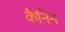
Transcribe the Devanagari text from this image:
कैनिन